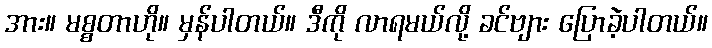
အား။ မစ္စတာဟို။ မှန်ပါတယ်။ ဒီကို လာရမယ်လို့ ခင်ဗျား ပြောခဲ့ပါတယ်။